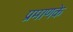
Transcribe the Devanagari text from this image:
प्रमाणके